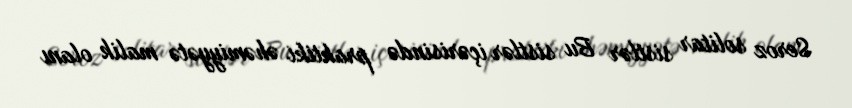
Seroz solitar sistlər Bu sistlər içərisində praktiki əhəmiyyətə malik olanı